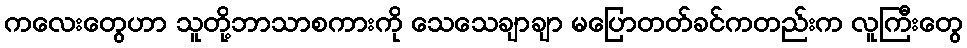
ကလေးတွေဟာ သူတို့ဘာသာစကားကို သေသေချာချာ မပြောတတ်ခင်ကတည်းက လူကြီးတွေ